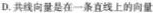
D. 共线向量是在一条直线上的向量